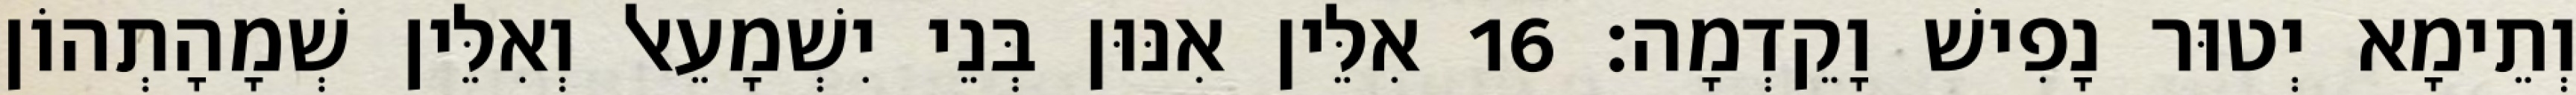
וְתֵימָא יְטוּר נָפִישׁ וָקֵדְמָה׃ 16 אִלֵּין אִנּוּן בְּנֵי יִשְׁמָעֵאל וְאִלֵּין שְׁמָהָתְהוֹן